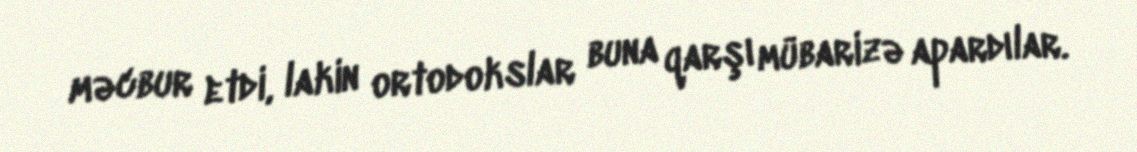
məcbur etdi, lakin ortodokslar buna qarşı mübarizə apardılar.